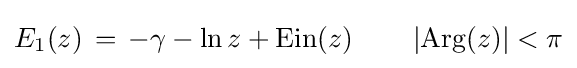
E_{1}(z)\,=\,-\gamma -\ln z+{\rm {Ein}}(z)\qquad \left|\operatorname {Arg} (z)\right|<\pi